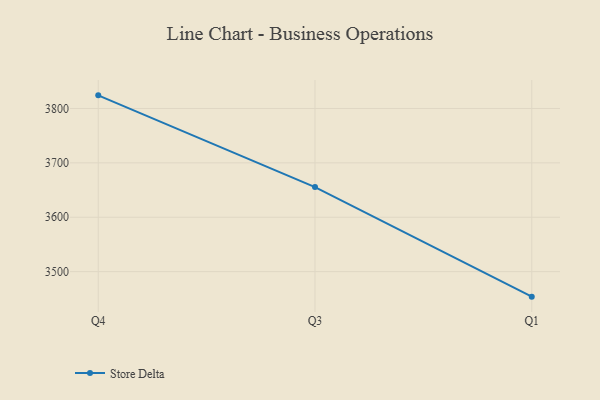
{"axis": {"x": "Quarter", "y": "Revenue (USD Million)"}, "legend": ["Store Delta"], "data": [{"x": "Q4", "y": 3824.1, "type": "Store Delta"}, {"x": "Q3", "y": 3655.4, "type": "Store Delta"}, {"x": "Q1", "y": 3454.0, "type": "Store Delta"}]}